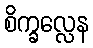
စိက္ခလ္လေန